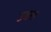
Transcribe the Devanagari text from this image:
उबरा